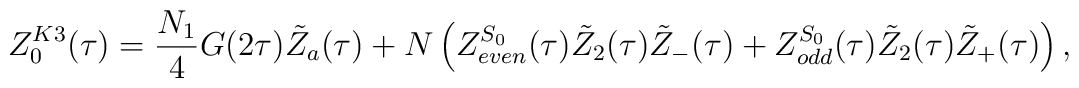
Z^{K3}_0(\tau)=\frac{N_1}{4}G(2\tau){\tilde Z}_a(\tau)+N\left(Z^{S_{0}}_{even}(\tau){\tilde Z}_2(\tau){\tilde Z}_-(\tau)+Z^{S_{0}}_{odd}(\tau){\tilde Z}_2(\tau){\tilde Z}_+(\tau)\right),